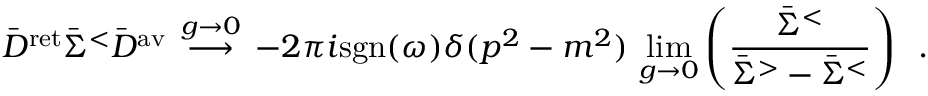
\bar { D } ^ { \mathrm { r e t } } \bar { \Sigma } ^ { < } \bar { D } ^ { \mathrm { a v } } \, \stackrel { g \rightarrow 0 } { \longrightarrow } \, - 2 \pi i \mathrm { s g n } ( \omega ) \delta ( p ^ { 2 } - m ^ { 2 } ) \, \operatorname * { l i m } _ { g \rightarrow 0 } \left( \frac { \bar { \Sigma } ^ { < } } { \bar { \Sigma } ^ { > } - \bar { \Sigma } ^ { < } } \right) \, \, \, .